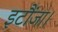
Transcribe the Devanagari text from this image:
इटौंजा।